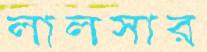
লালসার